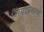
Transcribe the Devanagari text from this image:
शिंगाप्रमाणे